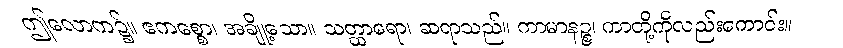
ဤလောက၌။ ဧကစ္စော၊ အချို့သော။ သတ္ထာရော၊ ဆရာသည်။ ကာမာနဉ္စ၊ ကာတို့ကိုလည်းကောင်း။